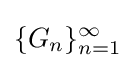
\{G_{n}\}_{n=1}^{\infty }